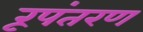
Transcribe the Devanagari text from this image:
रूपंतरण